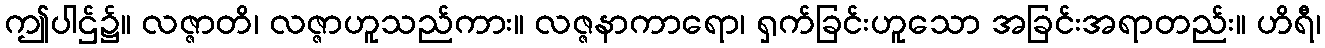
ဤပါဌ်၌။ လဇ္ဇာတိ၊ လဇ္ဇာဟူသည်ကား။ လဇ္ဇနာကာရော၊ ရှက်ခြင်းဟူသော အခြင်းအရာတည်း။ ဟိရီ၊